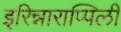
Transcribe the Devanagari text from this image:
इरिन्नाराप्पिली